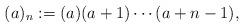
LaTeX: \begin{align*}(a)_n:=(a)(a+1)\cdots(a+n-1),\end{align*}